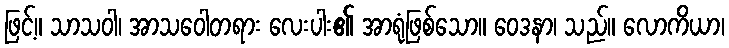
ဖြင့်။ သာသဝါ၊ အာသဝေါတရား လေးပါး၏ အာရုံဖြစ်သော။ ဝေဒနာ၊ သည်။ လောကိယာ၊